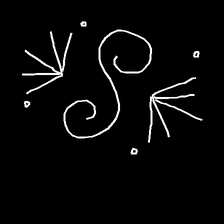
Glyph: aeroform